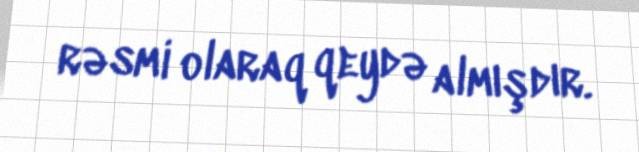
rəsmi olaraq qeydə almışdır.